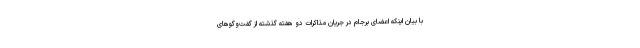
با بیان اینکه اعضای برجام در جریان مذاکرات دو هفته گذشته از گفت‌وگوهای